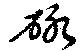
砅